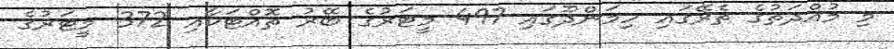
މި މުއްދަތުގެ ތެރޭގައި ހިމަންދޫގައި 497 މީޓަރުގެ ބޭރު ތޮއްޓަކާއި 372 މީޓަރުގެ